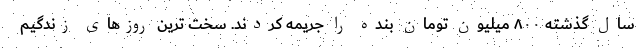
سال گذشته ۸۰۰ میلیون تومان بنده را جریمه کردند. سخت ترین روزهای زندگیم